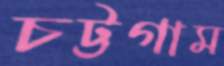
চট্টগাম